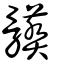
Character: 髒